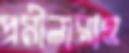
প্রমীলারাও